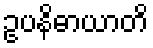
ဥပနိဓာယာတိ